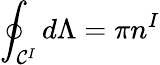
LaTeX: \oint_{{\cal C}^{I}}d\Lambda=\pi n^{I}